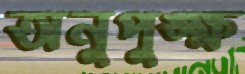
অনুপুঙ্ক্ষ